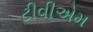
ટીવીએમ